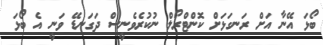
ބޯޅަ އޭނާ އަށް ރަނގަޅަށް ކޮންޓްރޯލް ނުކުރެވެނީސް ދަގަނޑޭ ވަނީ އެ ބޯޅަ